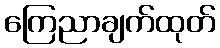
ကြေညာချက်ထုတ်